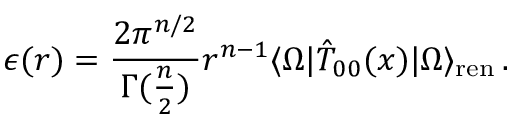
\epsilon ( r ) = \frac { 2 \pi ^ { n / 2 } } { \Gamma ( \frac { n } { 2 } ) } r ^ { n - 1 } \langle \Omega | \hat { T } _ { 0 0 } ( x ) | \Omega \rangle _ { \mathrm { r e n } } \, .